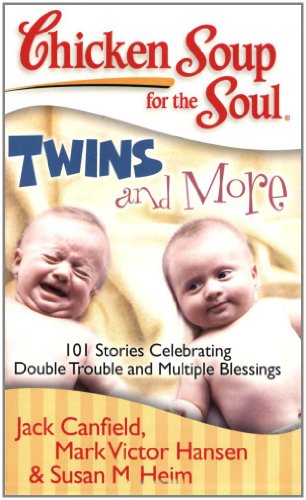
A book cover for Chicken Soup for the Soul: Twins and More: 101 Stories Celebrating Double Trouble and Multiple Blessings; Jack Canfield; Parenting & Relationships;